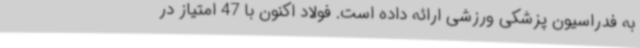
به فدراسیون پزشکی ورزشی ارائه داده است. فولاد اکنون با 47 امتیاز در